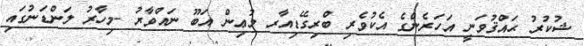
ޝުކުރު ޙައްޤުވަނީ އަހަރެންގެ އެކުވެރި ބްރިގޭޑިއާރ މުޢިން އަބޫ ނައްވާރު -މިހާރު ލަންޑަނުގައި